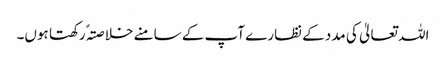
اللہ تعالیٰ کی مدد کے نظارے آپ کے سامنے خلاصتہً رکھتا ہوں۔